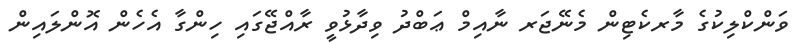
ވަންކްލިކުގެ މާރކެޓިން މެނޭޖަރ ނާއިމް ޢަބްދު ވިދާޅުވީ ރާއްޖޭގައި ހިންގާ އެހެން އޮންލައިން